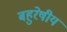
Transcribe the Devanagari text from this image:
बहुरेषीय